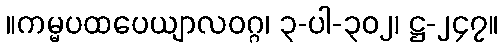
။ကမ္မပထပေယျာလဝဂ္ဂ၊ ၃-ပါ-၃၀၂၊ ဋ္ဌ-၂၄၇။